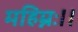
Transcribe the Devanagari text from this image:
महिम्नः।।